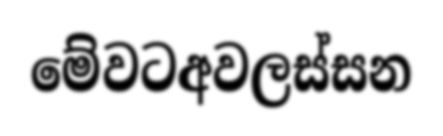
මේවටඅවලස්සන